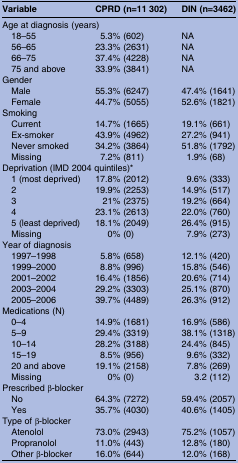
<table><thead><tr><td><b>Variable</b></td><td><b>CPRD (n=11 302)</b></td><td><b>DIN (n=3462)</b></td></tr></thead><tbody><tr><td colspan="3">Age at diagnosis (years)</td></tr><tr><td> 18–55</td><td>5.3% (602)</td><td>NA</td></tr><tr><td> 56–65</td><td>23.3% (2631)</td><td>NA</td></tr><tr><td> 66–75</td><td>37.4% (4228)</td><td>NA</td></tr><tr><td> 75 and above</td><td>33.9% (3841)</td><td>NA</td></tr><tr><td colspan="3">Gender</td></tr><tr><td> Male</td><td>55.3% (6247)</td><td>47.4% (1641)</td></tr><tr><td> Female</td><td>44.7% (5055)</td><td>52.6% (1821)</td></tr><tr><td colspan="3">Smoking</td></tr><tr><td> Current</td><td>14.7% (1665)</td><td>19.1% (661)</td></tr><tr><td> Ex-smoker</td><td>43.9% (4962)</td><td>27.2% (941)</td></tr><tr><td> Never smoked</td><td>34.2% (3864)</td><td>51.8% (1792)</td></tr><tr><td> Missing</td><td>7.2% (811)</td><td>1.9% (68)</td></tr><tr><td colspan="3">Deprivation (IMD 2004 quintiles)*</td></tr><tr><td> 1 (most deprived)</td><td>17.8% (2012)</td><td>9.6% (333)</td></tr><tr><td> 2</td><td>19.9% (2253)</td><td>14.9% (517)</td></tr><tr><td> 3</td><td>21% (2375)</td><td>19.2% (664)</td></tr><tr><td> 4</td><td>23.1% (2613)</td><td>22.0% (760)</td></tr><tr><td> 5 (least deprived)</td><td>18.1% (2049)</td><td>26.4% (915)</td></tr><tr><td> Missing</td><td>0% (0)</td><td>7.9% (273)</td></tr><tr><td colspan="3">Year of diagnosis</td></tr><tr><td> 1997–1998</td><td>5.8% (658)</td><td>12.1% (420)</td></tr><tr><td> 1999–2000</td><td>8.8% (996)</td><td>15.8% (546)</td></tr><tr><td> 2001–2002</td><td>16.4% (1856)</td><td>20.6% (714)</td></tr><tr><td> 2003–2004</td><td>29.2% (3303)</td><td>25.1% (870)</td></tr><tr><td> 2005–2006</td><td>39.7% (4489)</td><td>26.3% (912)</td></tr><tr><td colspan="3">Medications (N)</td></tr><tr><td> 0–4</td><td>14.9% (1681)</td><td>16.9% (586)</td></tr><tr><td> 5–9</td><td>29.4% (3319)</td><td>38.1% (1318)</td></tr><tr><td> 10–14</td><td>28.2% (3188)</td><td>24.4% (845)</td></tr><tr><td> 15–19</td><td>8.5% (956)</td><td>9.6% (332)</td></tr><tr><td> 20 and above</td><td>19.1% (2158)</td><td>7.8% (269)</td></tr><tr><td> Missing</td><td>0% (0)</td><td>3.2 (112)</td></tr><tr><td colspan="3">Prescribed β-blocker</td></tr><tr><td> No</td><td>64.3% (7272)</td><td>59.4% (2057)</td></tr><tr><td> Yes</td><td>35.7% (4030)</td><td>40.6% (1405)</td></tr><tr><td colspan="3">Type of β-blocker</td></tr><tr><td> Atenolol</td><td>73.0% (2943)</td><td>75.2% (1057)</td></tr><tr><td> Propranolol</td><td>11.0% (443)</td><td>12.8% (180)</td></tr><tr><td> Other β-blocker</td><td>16.0% (644)</td><td>12.0% (168)</td></tr></tbody></table>